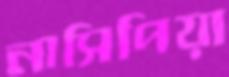
নাসিপিয়া